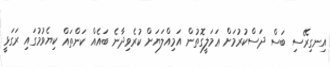
އިނގިރޭސި ބަސް ދަސްކުރުމަށް ޢަމަލީގޮތުން އަމިއްލަޔަށް ކުރެވިދާނެ ބައެއް ކަންތައް ކިޔެވުމުގައި ރަގަޅީ